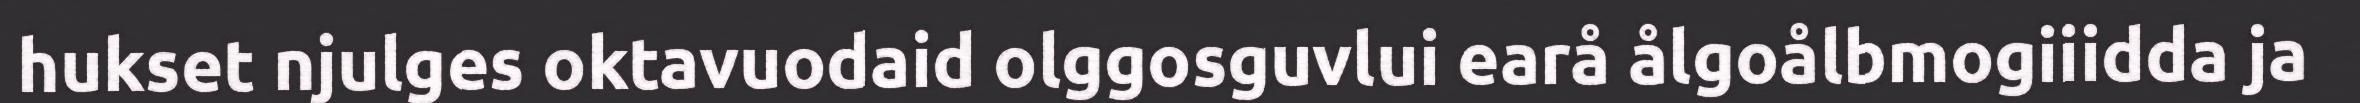
hukset njulges oktavuodaid olggosguvlui earå ålgoålbmogiiidda ja